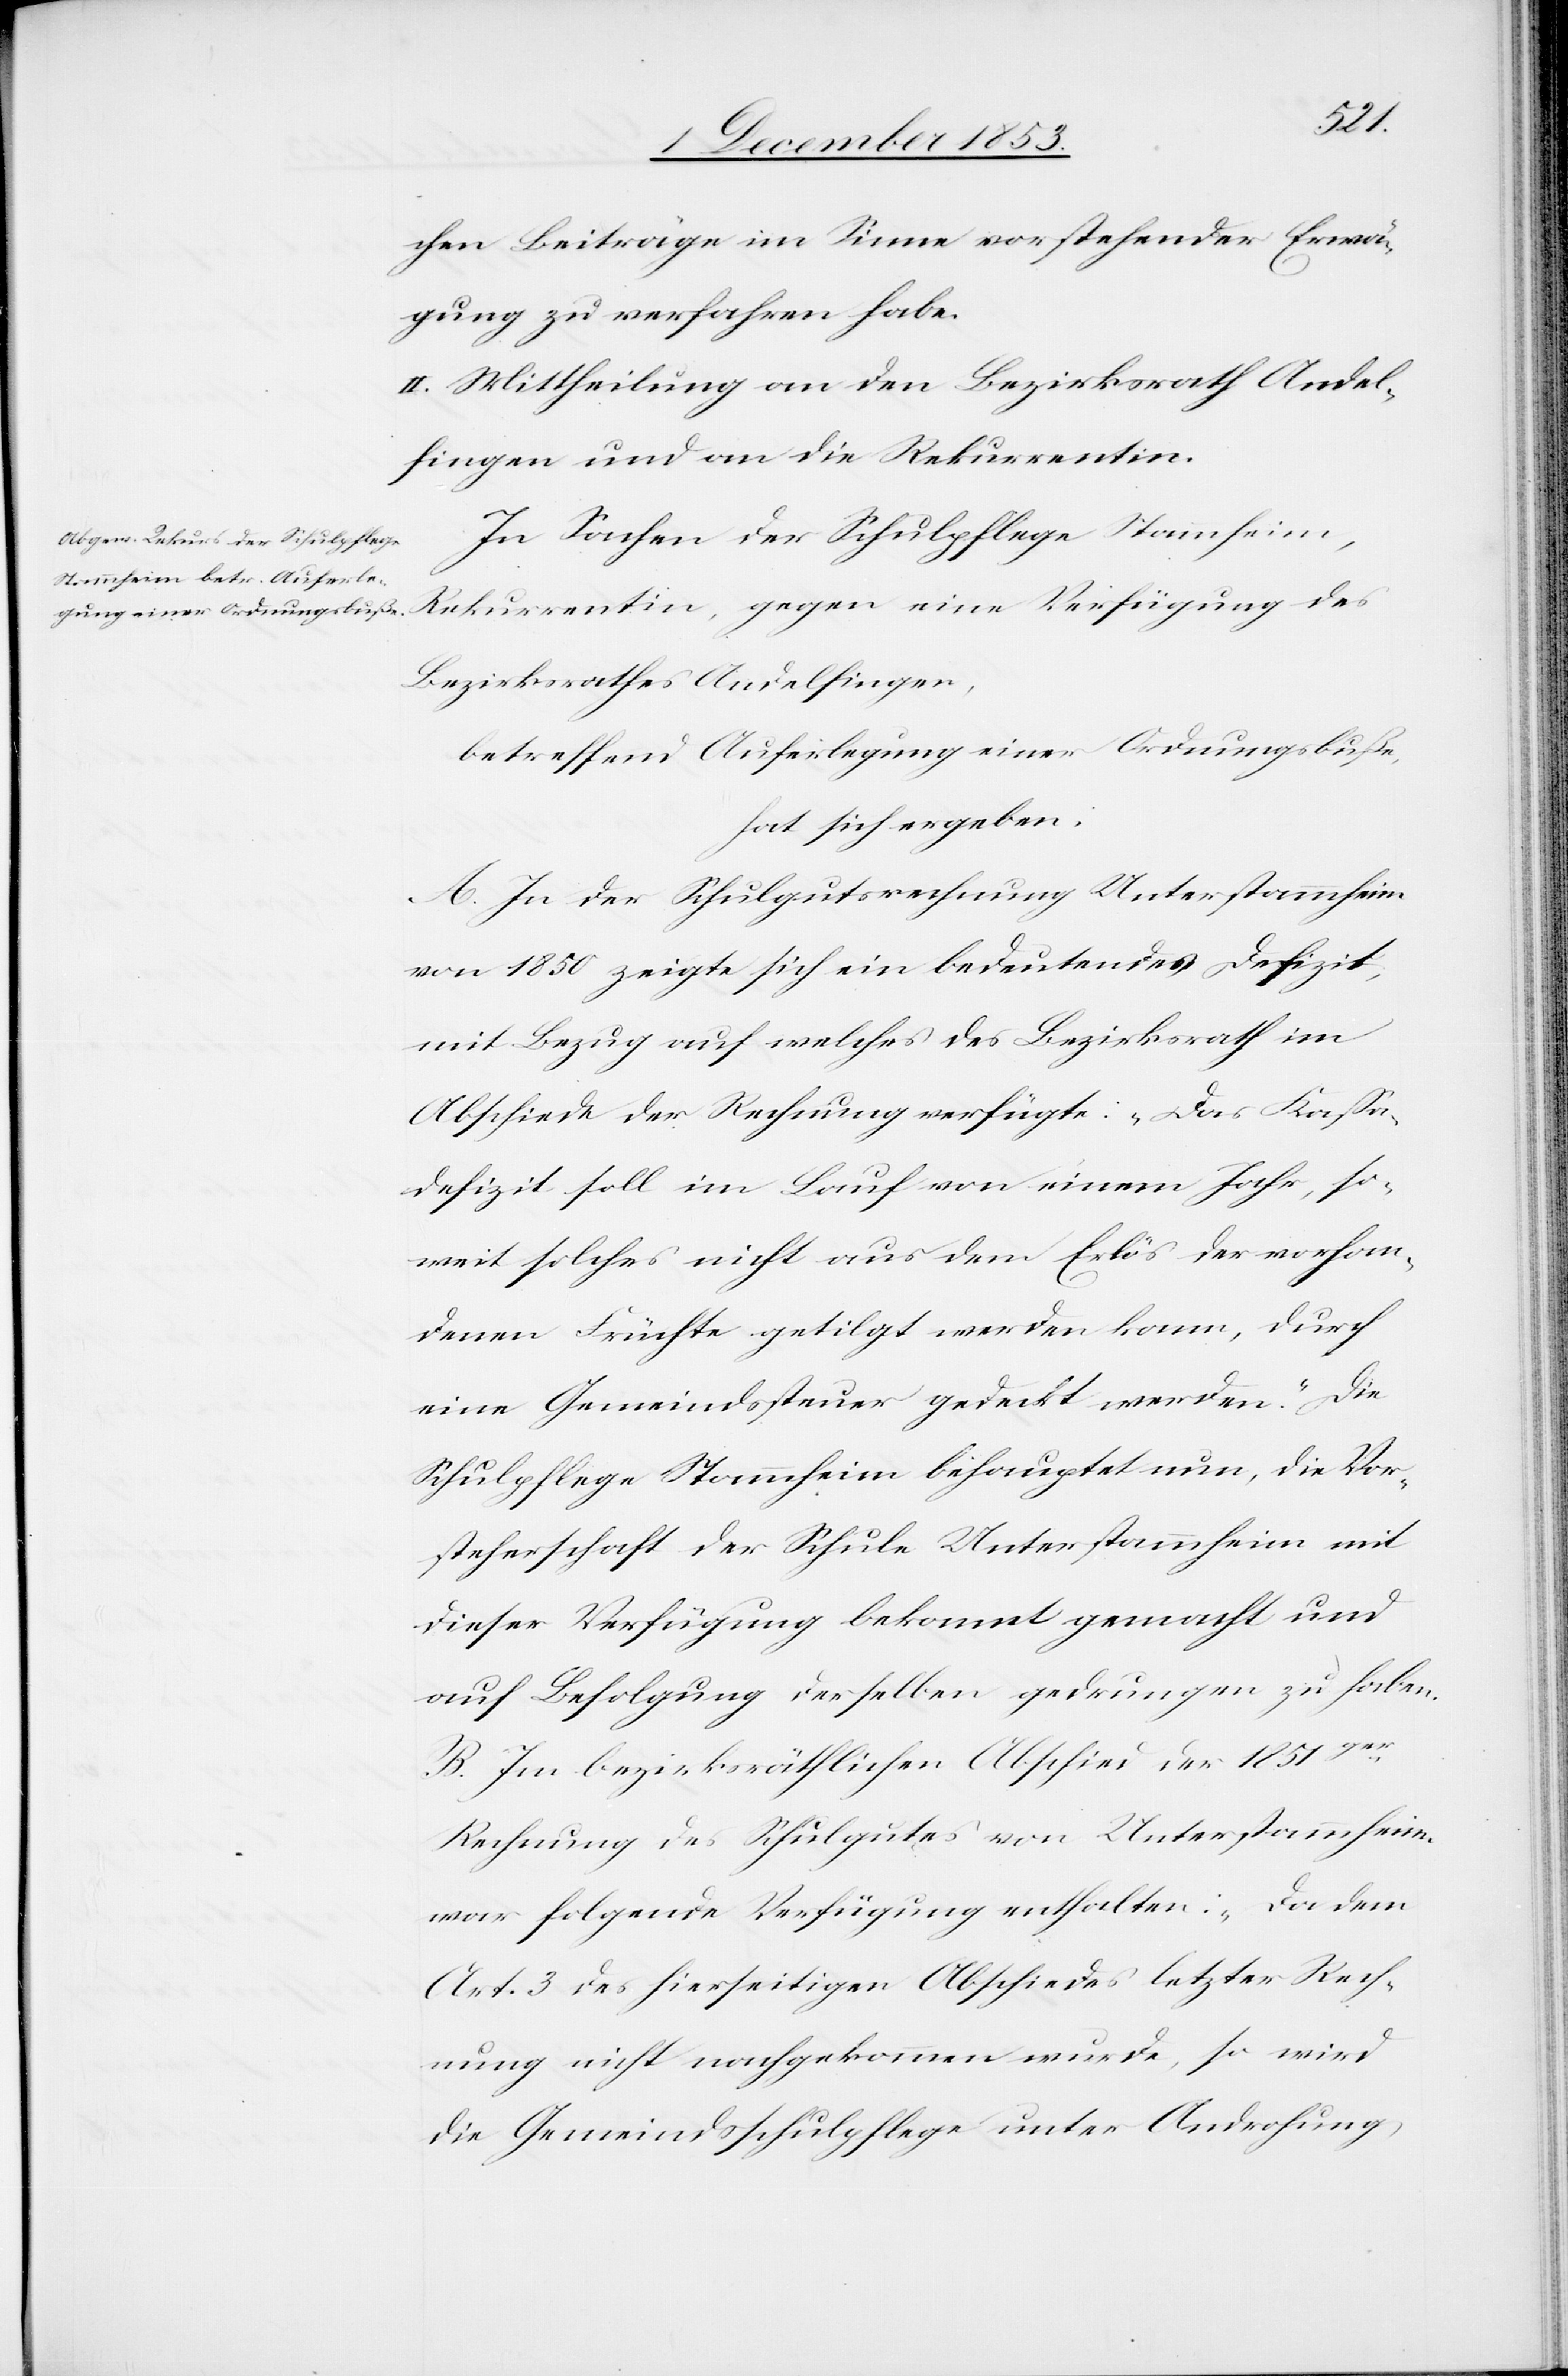
chen Beiträge im Sinne vorstehender Erwä¬
gung zu verfahren habe.
II. Mittheilung an den Bezirksrath Andel¬
fingen und an die Rekurrenten.
In Sachen der Schulpflege Stammheim,
Rekurrentin, gegen eine Verfügung des
Bezirksrathes Andelfingen,
betreffend Auferlegung einer Ordnungsbuße,
hat sich ergeben:
A. In der Schulgutsrechnung Unterstammheim
von 1850 zeigte sich ein bedeutendes Defizit,
mit Bezug auf welches des Bezirksrath im
Abschiede der Rechnung verfügte: „Das Kaßa¬
defizit soll im Laufe von einem Jahr, so¬
weit solches nicht aus dem Erlös der vorhan¬
denen Früchte getilgt werden kann, durch
eine Gemeindssteuer gedeckt werden.“ Die
Schulpflege Stammheim behauptet nun, die Vor¬
steherschaft der Schule Unterstammheim mit
B. Im bezirksräthlichen Abschied der 1851ger
Rechnung des Schulgutes von Unterstammheim
war folgende Verfügung enthalten: „Da dem
Art. 3 des hierseitigen Abschiedes letzter Rech¬
nung nicht nachgekommen wurde, so wird
die Gemeindsschulpflege unter Androhung